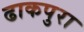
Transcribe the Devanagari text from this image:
ढाकपुरा